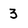
Character: 3